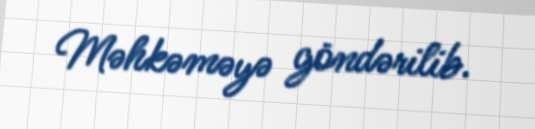
Məhkəməyə göndərilib.